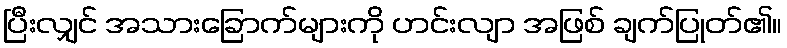
ပြီးလျှင် အသားခြောက်များကို ဟင်းလျာ အဖြစ် ချက်ပြုတ်၏။